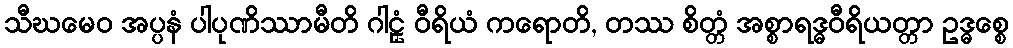
သီဃမေဝ အပ္ပနံ ပါပုဏိဿာမီတိ ဂါဠှံ ဝီရိယံ ကရောတိ, တဿ စိတ္တံ အစ္စာရဒ္ဓဝီရိယတ္တာ ဥဒ္ဓစ္စေ